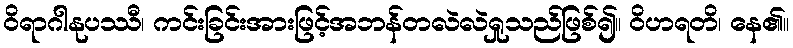
ဝိရာဂါနုပဿီ၊ ကင်းခြင်းအားဖြင့်အဘန်တလဲလဲရှုသည်ဖြစ်၍။ ဝိဟရတိ၊ နေ၏။